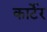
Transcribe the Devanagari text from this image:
कार्टेर